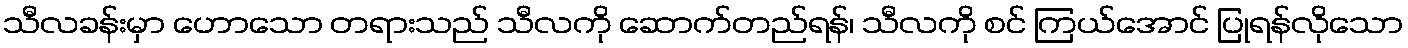
သီလခန်းမှာ ဟောသော တရားသည် သီလကို ဆောက်တည်ရန်၊ သီလကို စင် ကြယ်အောင် ပြုရန်လိုသော